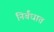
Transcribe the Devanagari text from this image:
निर्बंधात